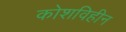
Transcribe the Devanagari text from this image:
कोशविहीन